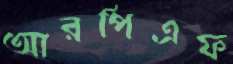
আরপিএফ